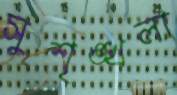
সুশৃঙ্খলা